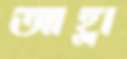
আহ্লা